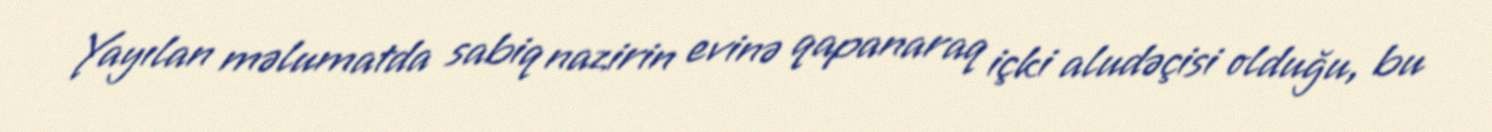
Yayılan məlumatda sabiq nazirin evinə qapanaraq içki aludəçisi olduğu, bu